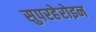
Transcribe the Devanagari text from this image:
सुपरहेरोइन